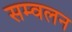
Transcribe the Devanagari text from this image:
सम्वलन